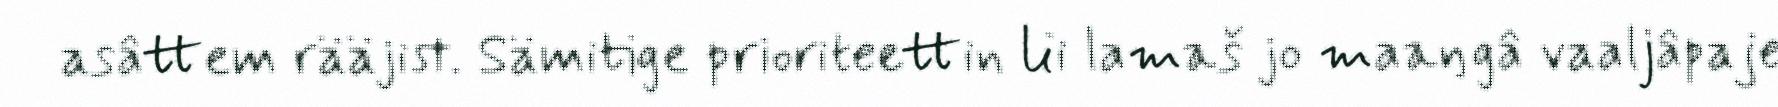
asâttem rääjist. Sämitige prioriteettin lii lamaš jo maaŋgâ vaaljâpaje